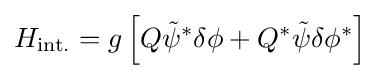
H_{\text{int.}}=g\left[Q{\tilde {\psi }}^{*}\delta \phi +Q^{*}{\tilde {\psi }}\delta \phi ^{*}\right]